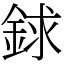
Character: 銶